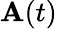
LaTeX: \textbf{A}(t)